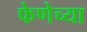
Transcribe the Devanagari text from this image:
फेणेच्या